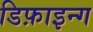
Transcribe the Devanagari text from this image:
डिफ़ाइन्ग